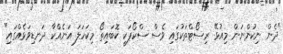
"ދެން ނިކުންނަން މިއުޅޭ ރިސޯޓްތަކުގައި ވެސް ސްކޯޕަކީ ކޮބައިތޯ މިކަހަލަ އަނެއްކާ ދަނޑިވަޅެއްގައި"